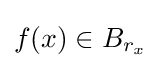
f(x)\in B_{r_{x}}